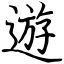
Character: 遊